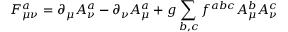
F _ { \mu \nu } ^ { a } = \partial _ { \mu } A _ { \nu } ^ { a } - \partial _ { \nu } A _ { \mu } ^ { a } + g \sum _ { b , c } f ^ { a b c } A _ { \mu } ^ { b } A _ { \nu } ^ { c }